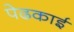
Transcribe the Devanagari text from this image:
पेढकाई